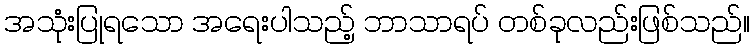
အသုံးပြုရသော အရေးပါသည့် ဘာသာရပ် တစ်ခုလည်းဖြစ်သည်။